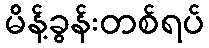
မိန့်ခွန်းတစ်ရပ်